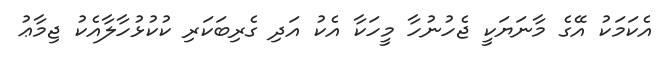
އެކަމަކު އޭގެ މާނަޔަކީ ޖެހުނުހާ މީހަކާ އެކު އަދި ގެރިބަކަރި ކުކުޅުހާލާއެކު ޖިމާޢު